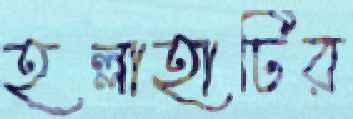
হল্লাহাটির